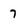
Character: 7